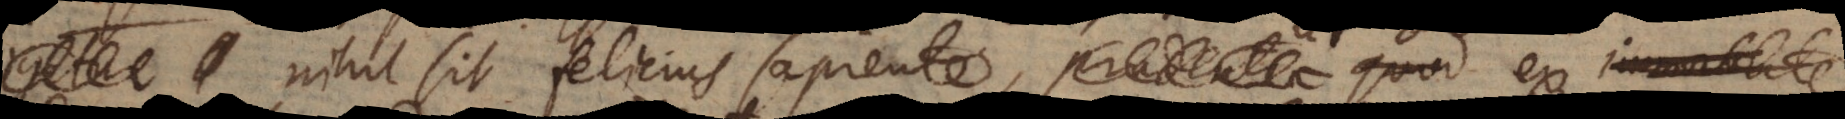
nihil sit felicius sapiente, prudentia quod ex immort